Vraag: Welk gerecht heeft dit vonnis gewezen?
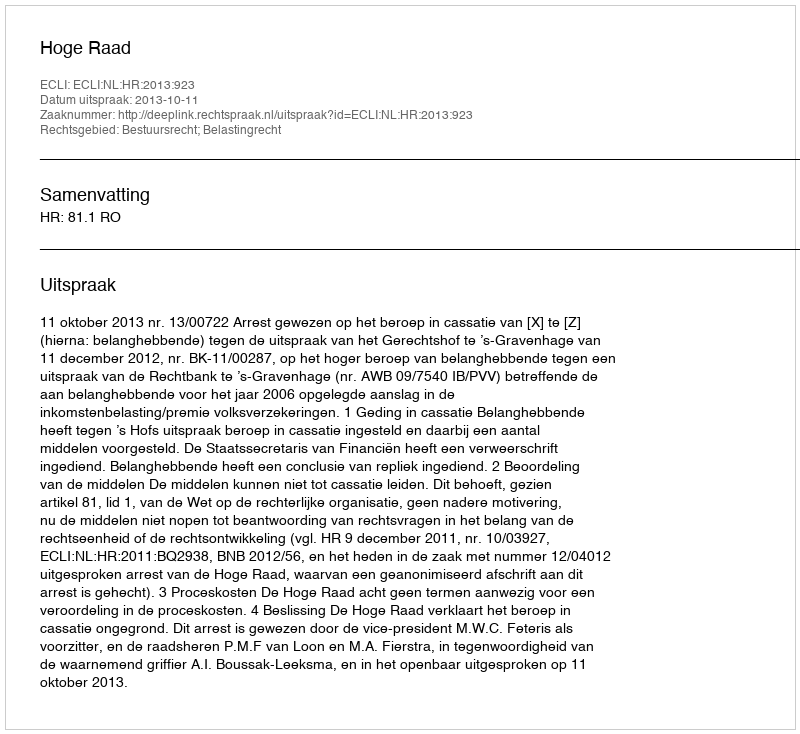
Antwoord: Hoge Raad